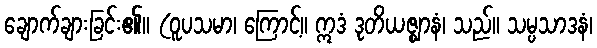
ချောက်ချားခြင်း၏။ (ဝူပသမာ၊ ကြောင့်။ ဣဒံ ဒုတိယဇ္ဈာနံ၊ သည်။ သမ္ပသာဒနံ၊